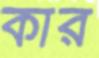
কার